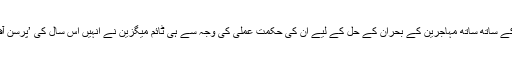
دیگر کئی معاملات پر جرمن چانسلر میرکل کے قائدانہ موقف کے ساتھ ساتھ مہاجرین کے بحران کے حل کے لیے ان کی حکمت عملی کی وجہ سے ہی ٹائم میگزین نے انہیں اس سال کی ’پرسن آف دا ایئر‘ یا ’سال کی سب سے اہم عالمی شخصیت‘ قرار دیا تھا۔